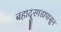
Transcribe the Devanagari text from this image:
बहादूरगडापासून